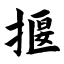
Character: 揠